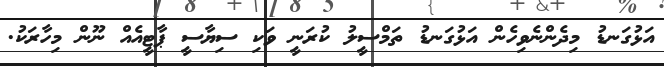
އަޅުގަނޑު މިދެންނެވިހެން އަޅުގަނޑު ތަމްސީލު ކުރަނީ ވަކި ސިޔާސީ ޕާޓީއެއް ނޫން މިހާރަކު.